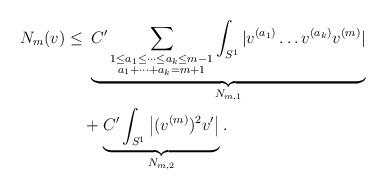
LaTeX: \begin{align*} N_m(v) \leq & \ \underbrace{C' \sum_{\substack{1 \leq a_1 \leq \dots \leq a_k \leq m-1 \\ a_1+ \dots+a_k = m+1}} \int_{S^1} { | v^{(a_1)} \dots v^{(a_k)} v^{(m)} |}}_{N_{m,1}}\\ & +\underbrace{C' \int_{S^1}{ \left|(v^{(m)})^2 v' \right| } }_{N_{m,2}}.\end{align*}